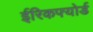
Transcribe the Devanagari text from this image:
ईरिकफ्योर्ड